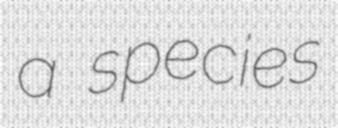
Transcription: a species